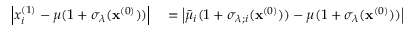
\begin{array} { r l } { \left| x _ { i } ^ { ( 1 ) } - \mu ( 1 + \sigma _ { \lambda } ( \mathbf { x } ^ { ( 0 ) } ) ) \right| } & { { } = \left| \bar { \mu } _ { i } ( 1 + \sigma _ { \lambda ; i } ( \mathbf { x } ^ { ( 0 ) } ) ) - \mu ( 1 + \sigma _ { \lambda } ( \mathbf { x } ^ { ( 0 ) } ) ) \right| } \end{array}